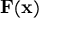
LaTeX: \mathbf { F } ( \mathbf { x } )